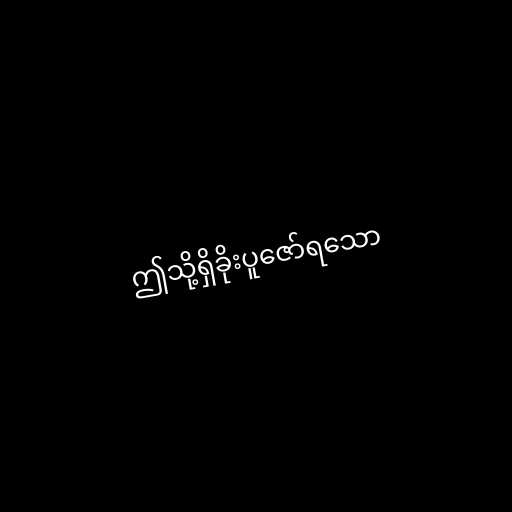
ဤသို့ရှိခိုးပူဇော်ရသော